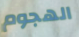
الهجوم